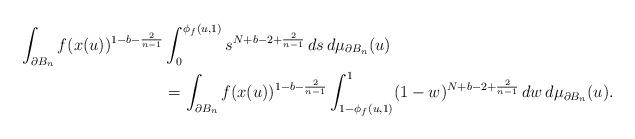
LaTeX: \begin{align*}\int_{\partial B_n}f(x(u))^{1-b-\frac{2}{n-1}}&\int_0^{\phi_f(u,1)}s^{N+b-2+\frac{2}{n-1}}\,ds\,d\mu_{\partial B_n}(u)\\&=\int_{\partial B_n}f(x(u))^{1-b-\frac{2}{n-1}}\int_{1-\phi_f(u,1)}^{1}(1-w)^{N+b-2+\frac{2}{n-1}}\,dw\,d\mu_{\partial B_n}(u).\end{align*}